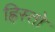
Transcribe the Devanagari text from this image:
ह्रिस्तो